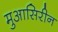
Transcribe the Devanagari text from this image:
मुआसिरीन